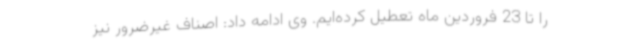
را تا 23 فروردین ماه تعطیل کرده‌ایم. وی ادامه داد: اصناف غیرضرور نیز